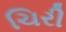
ચિરી